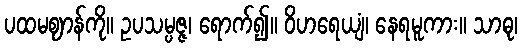
ပထမဈာန်ကို။ ဥပသမ္ပဇ္ဇ၊ ရောက်၍။ ဝိဟရေယျံ၊ နေရမူကား။ သာဓု၊